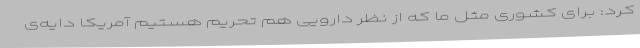
کرد: برای‌ کشوری مثل ما که از نظر دارویی هم تحریم هستیم آمریکا دایه‌ی